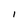
Character: I